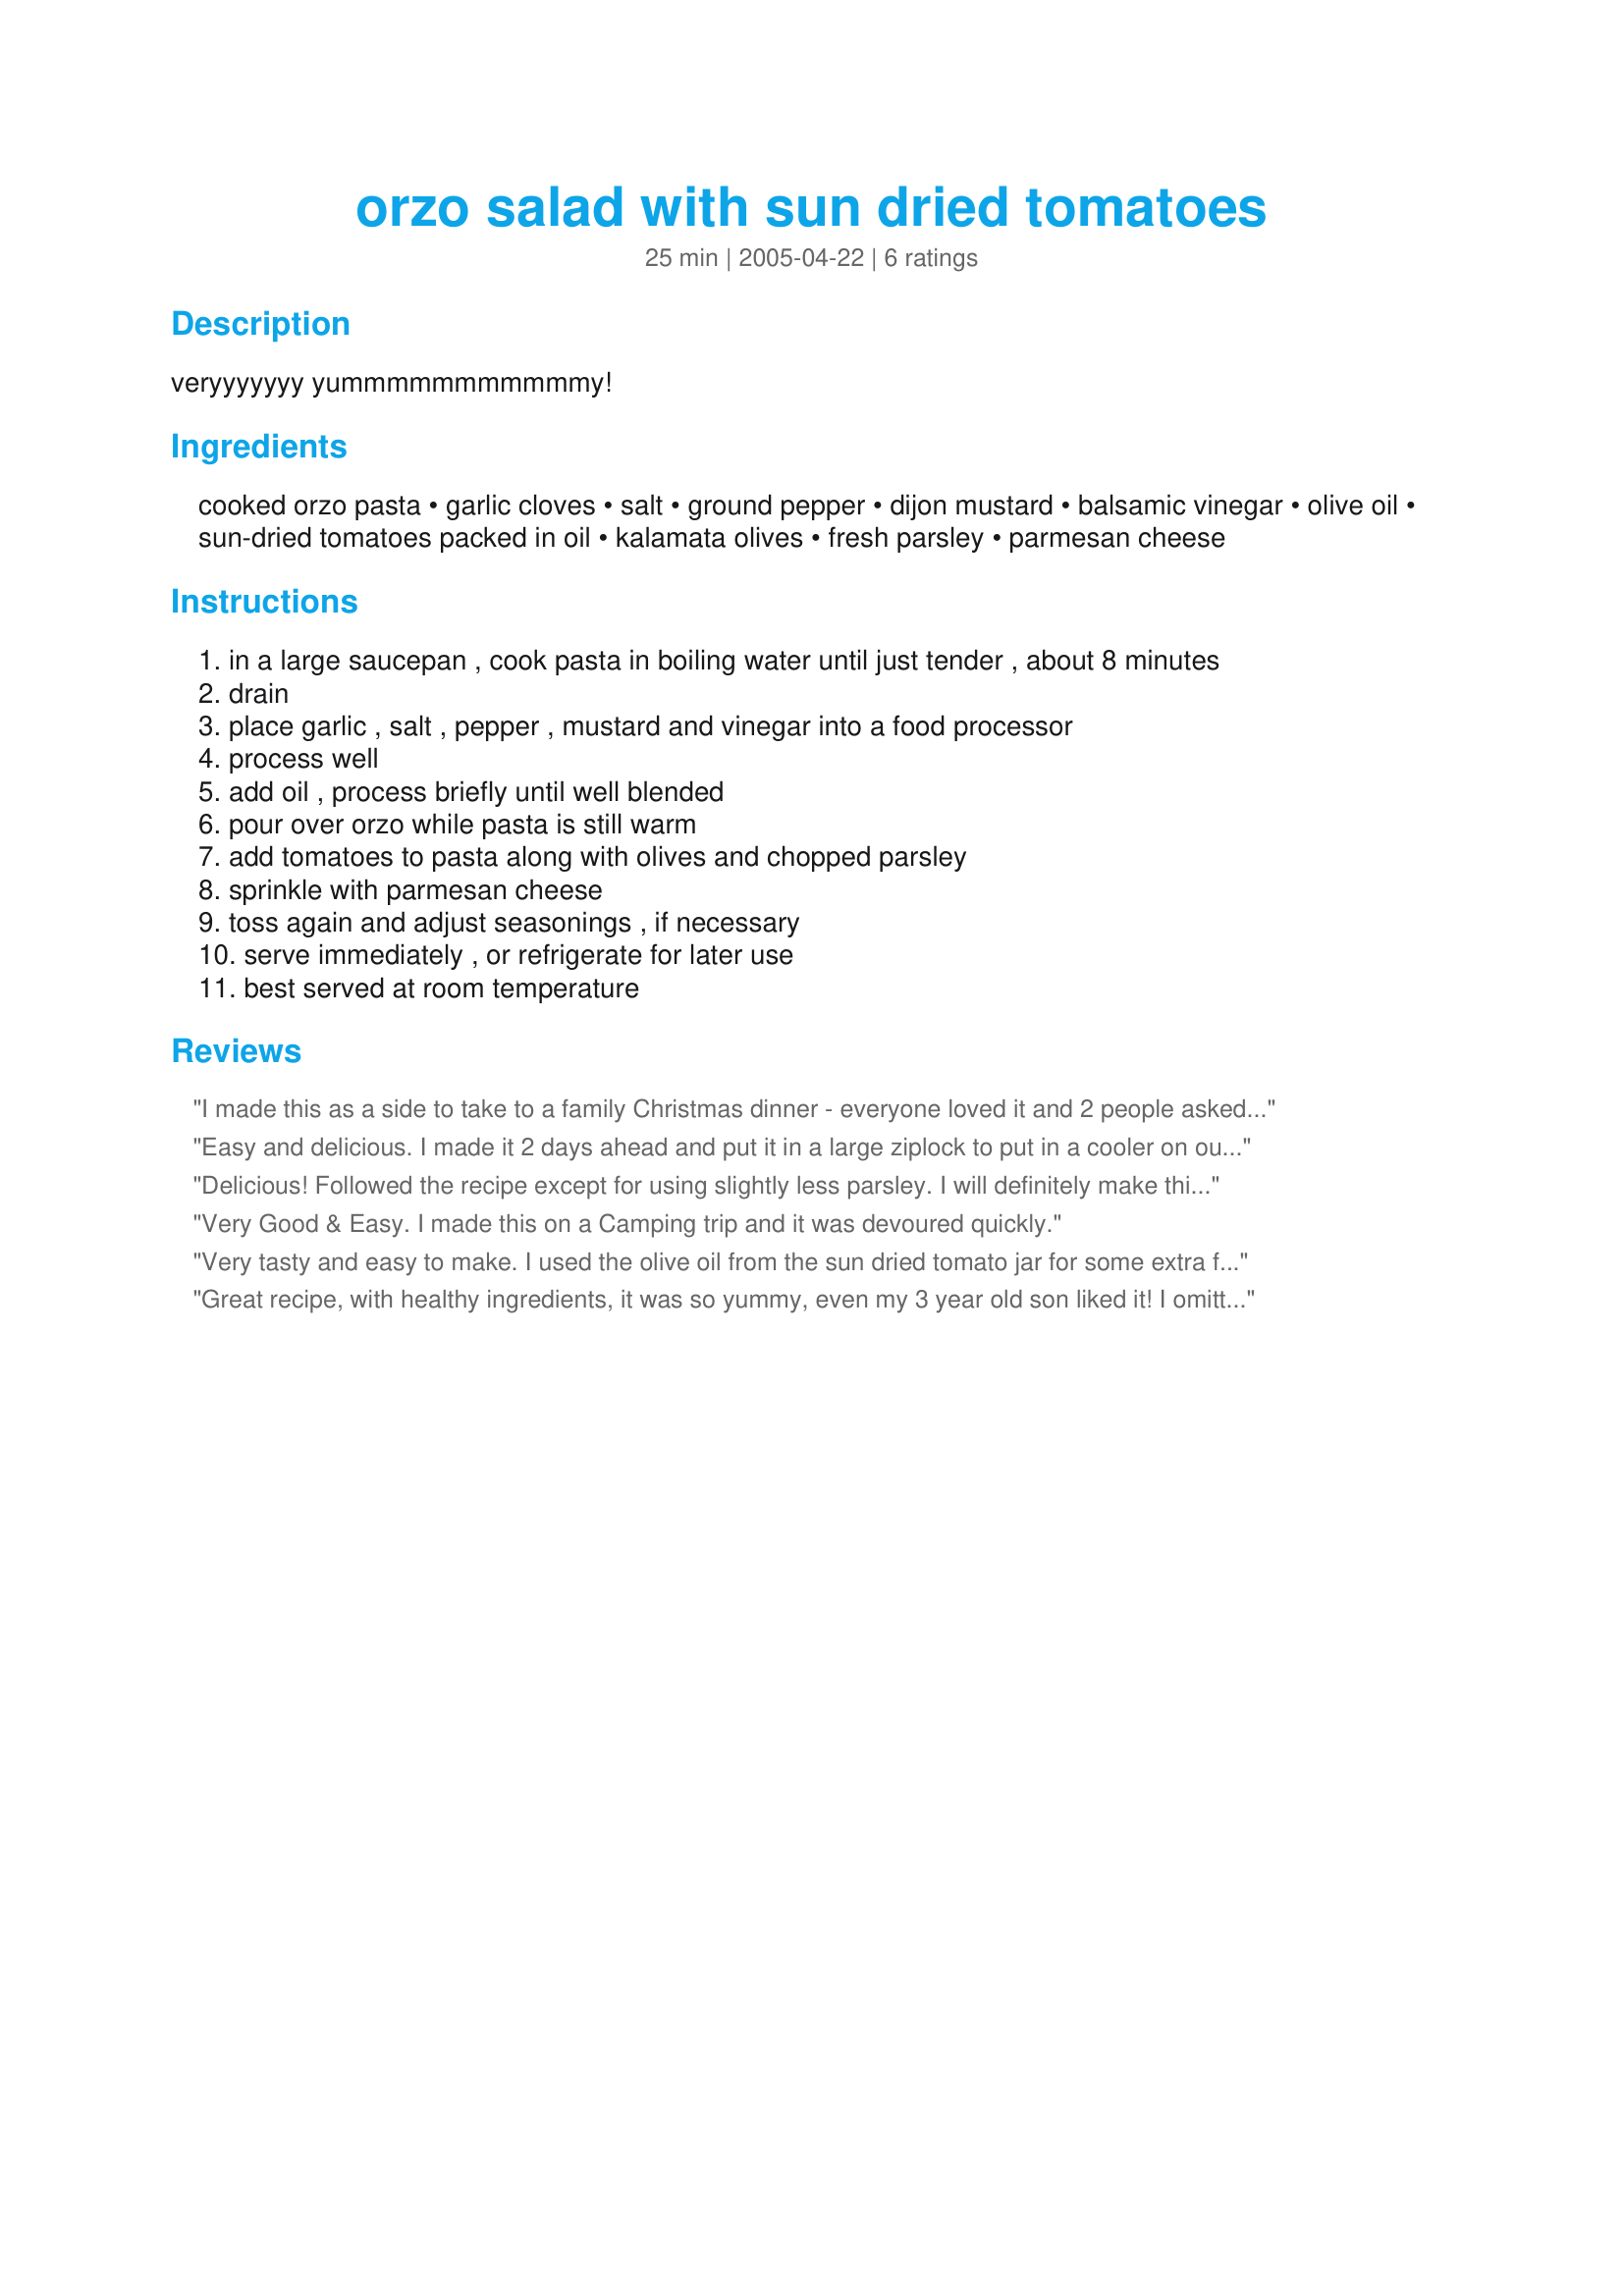
orzo salad with sun dried tomatoes
Preparation time: 25 minutes

veryyyyyyy yummmmmmmmmmmy!

Ingredients:
cooked orzo pasta, garlic cloves, salt, ground pepper, dijon mustard, balsamic vinegar, olive oil, sun-dried tomatoes packed in oil, kalamata olives, fresh parsley, parmesan cheese

Steps:
in a large saucepan , cook pasta in boiling water until just tender , about 8 minutes
drain
place garlic , salt , pepper , mustard and vinegar into a food processor
process well
add oil , process briefly until well blended
pour over orzo while pasta is still warm
add tomatoes to pasta along with olives and chopped parsley
sprinkle with parmesan cheese
toss again and adjust seasonings , if necessary
serve immediately , or refrigerate for later use
best served at room temperature

Reviews:
I made this as a side to take to a family Christmas dinner - everyone loved it and 2 people asked for the recipe. I think this would be great with oven roasted tomatoes if made in summer!
Easy and delicious. I made it 2 days ahead and put it in a large ziplock to put in a cooler on our boat. Worked out perfectly! Even my super-picky kids and hubby loved it! I subbed black olives for the green, basil for the parsley and omitted the cheese. I'll be making this again soon.
Delicious! Followed the recipe except for using slightly less parsley. I will definitely make this again!
Very Good & Easy. I made this on a Camping trip and it was devoured quickly.
Very tasty and easy to make. I used the olive oil from the sun dried tomato jar for some extra flavor, and used less than half of a bunch of parsley. I omitted the olives, but that was just personal taste. 
This turned out to be a surprisingly flavorful, hearty dish. I would definitely make it again.
Great recipe, with healthy ingredients, it was so yummy, even my 3 year old son liked it! I omitted the olives, (just because I don&#039;t care for them) and I mixed in feta cheese instead of the parm, still tasted great!! Great dish for parties.
